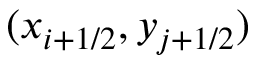
( x _ { i + 1 / 2 } , y _ { j + 1 / 2 } )